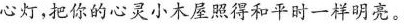
心灯，把你的心灵小木屋照得和平时一样明亮。